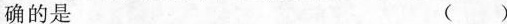
确的是 ( )